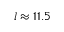
l \approx 1 1 . 5